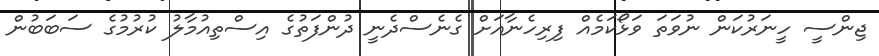
ޖިންސީ ހީނަރުކަން ނުވަތަ ވަޅޯކަމެއް ފިރިހެނާއަށް ގެނެސްދެނީ ދުންފަތުގެ އިސްތިއުމާލު ކުރުމުގެ ސަބަބުން